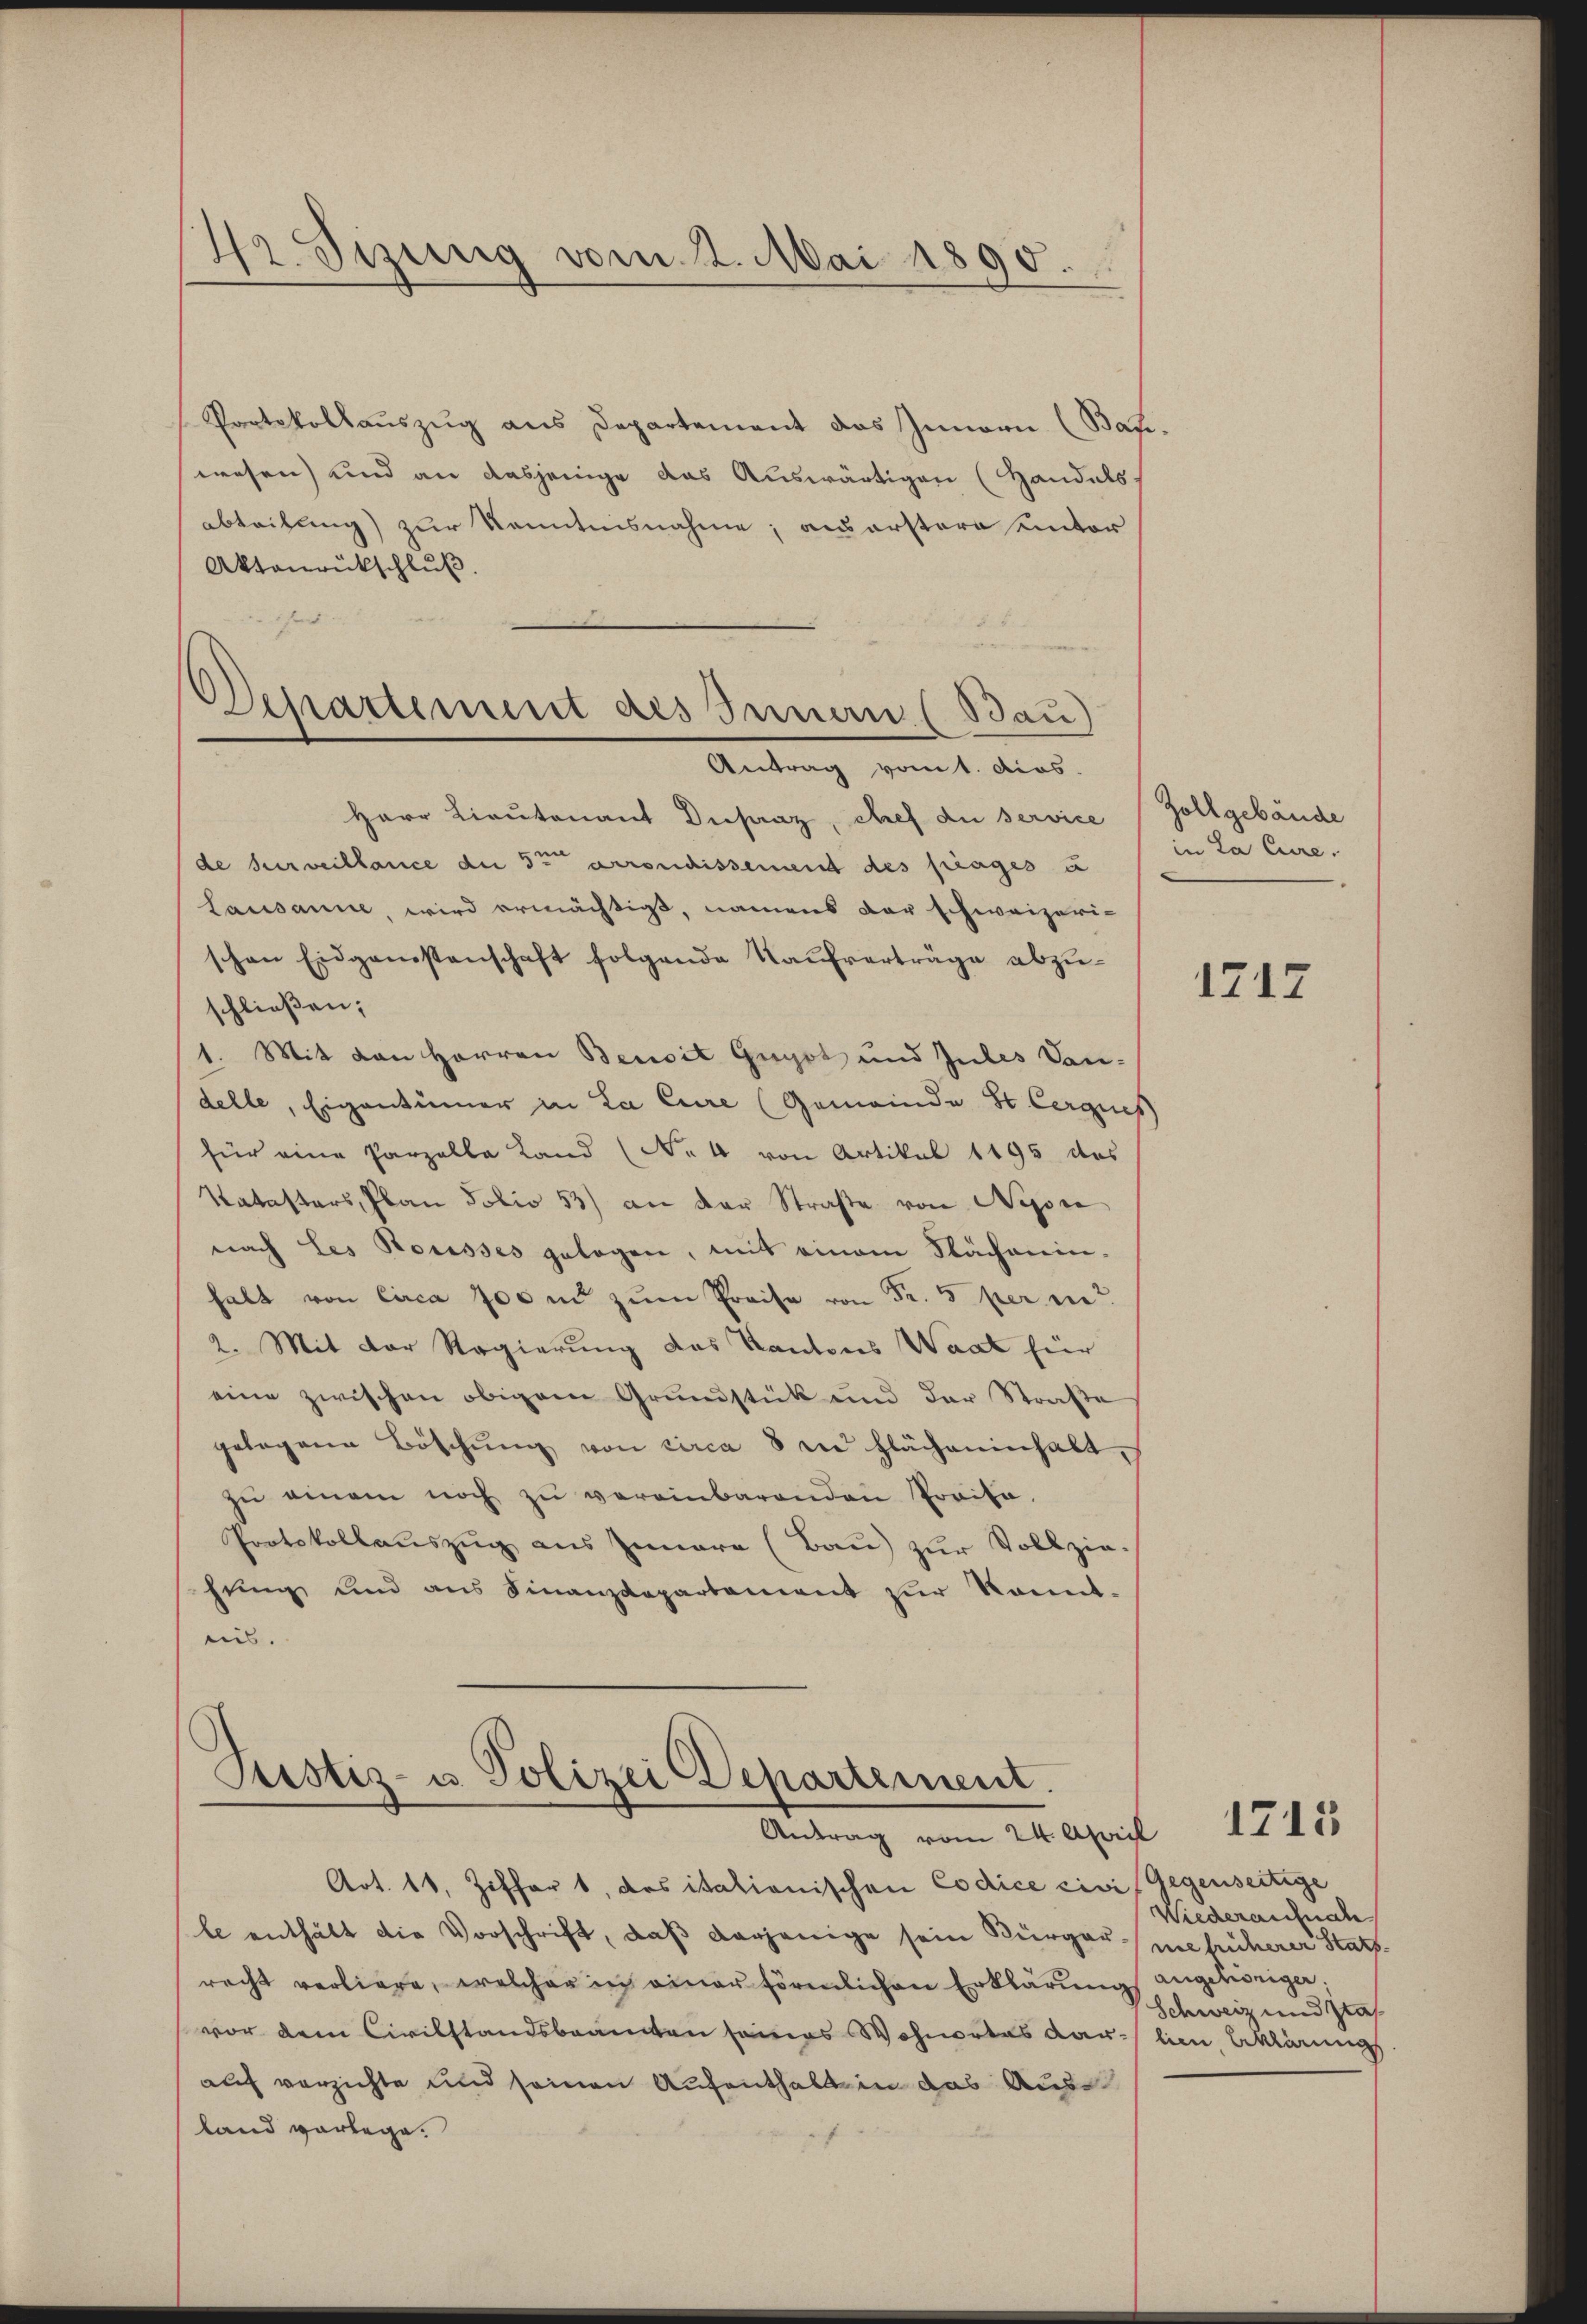
42. Sizung vom 2. Mai 1890.

Portokollauszug aus Departement das Innern (Bati
wesen) und an dasjenige das Auswärtigen (Handels.
abteilung) zur Kenntnisnahme, auserstere unter
Aktoŭrückschlŭβ
Herr Lieutenant Dupraz, chef du service Zollgebäude
de surveillance der 3t arrondissement des frages u
Lausanne, wird ermächtigt, namens der schweizeri-
schen Eidgenossenschaft folgende Kaufverträge abzuschließen;
1. Mit von Herren Beisit Gugot und Gutes Van-
delle, Eigentümer in La Cure (Gemeinde St. Cerques
für eine Parzella Land (No 4 von Artikel 1195 des
Katasters, Plan Folio 53) an der Straße von Nyone
nnach Les Housses gelegen, mit einem Nächenin-
halt von Circa 700 m zŭm Preise von Fr. 5 per ei
2. Mit der Regierung das Kantons Waat für
eine zwischen obigem Grundstück und der Straße
gelegene Böschŭng von circa 8 in Flächeninhalt,
zŭ einem noch zŭ vereinbarenden Praita.
Protokollauszug aus Innere (Bau) zur Vollziehung und ans Finanzdepartement zŭr konnt-
nis.

Departement des Innern (Bau)
Antrag vom 1. dies

Testiz- u. Polizei Departement.
Antrag vom 24. April

Art. 11, Ziffert, das italionischen Codice civi, Gegenseitige
le enthält die Vorschrift, daß derjenige sein Bürgermesücherer Stattrecht verliere, welcher in einer förmlichen Erklärung angehöriger,
vor dem Civilstandsbeamten seines Wohnortes dar lieu, Erklärungs
auf verzichte und seinen Aufenthalt in das Ausland vorlege.

in La Cure.

.

1712

1715

Wiederaufnah
Schweiz und Sta